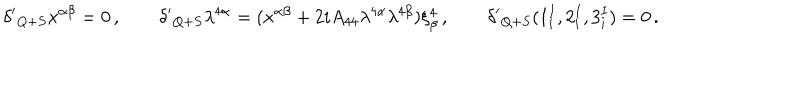
{ \delta ^ { \prime } } _ { Q + S } x ^ { \alpha \beta } = 0 \, , \qquad { \delta ^ { \prime } } _ { Q + S } \lambda ^ { 4 \alpha } = ( x ^ { \alpha \beta } + 2 i A _ { 4 4 } \lambda ^ { 4 \alpha } \lambda ^ { 4 \beta } ) \xi _ { \beta } ^ { 4 } \, , \qquad { \delta ^ { \prime } } _ { Q + S } ( 1 _ { i } ^ { I } , 2 _ { i } ^ { I } , 3 _ { i } ^ { I } ) = 0 \, .